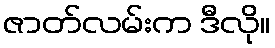
ဇာတ်လမ်းက ဒီလို။